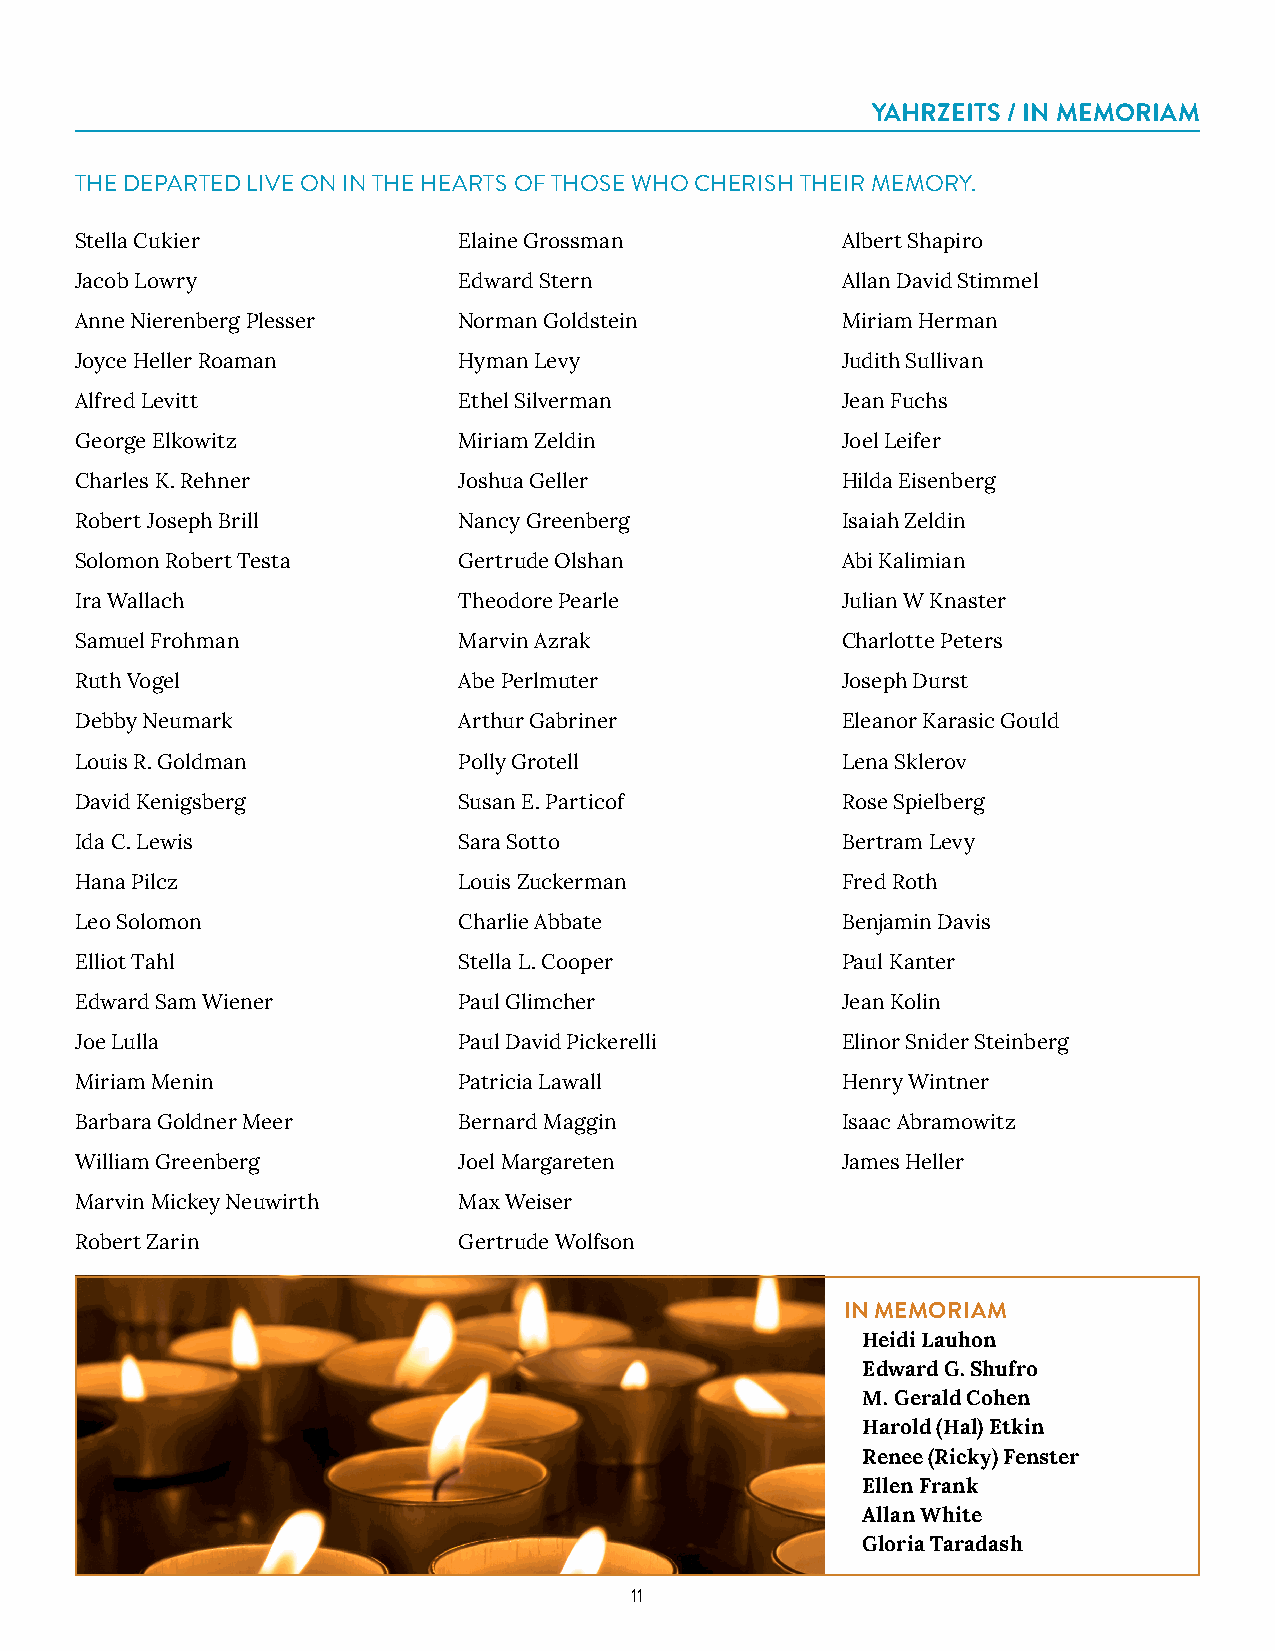
YAHRZEITS / IN MEMORIAM
 THE DEPARTED LIVE ON IN THE HEARTS OF THOSE WHO CHERISH THEIR MEMORY.
 Stella Cukier            Elaine Grossman           Albert Shapiro
 Jacob Lowry              Edward Stern              Allan David Stimmel
 Anne Nierenberg Plesser  Norman Goldstein          Miriam Herman
 Joyce Heller Roaman      Hyman Levy                Judith Sullivan
 Alfred Levitt            Ethel Silverman           Jean Fuchs
 George Elkowitz          Miriam Zeldin             Joel Leifer
 Charles K. Rehner        Joshua Geller             Hilda Eisenberg
 Robert Joseph Brill      Nancy Greenberg           Isaiah Zeldin
 Solomon Robert Testa     Gertrude Olshan           Abi Kalimian
 Ira Wallach              Theodore Pearle           Julian W Knaster
 Samuel Frohman           Marvin Azrak              Charlotte Peters
 Ruth Vogel               Abe Perlmuter             Joseph Durst
 Debby Neumark            Arthur Gabriner           Eleanor Karasic Gould
 Louis R. Goldman         Polly Grotell             Lena Sklerov
 David Kenigsberg         Susan E. Particof         Rose Spielberg
 Ida C. Lewis             Sara Sotto                Bertram Levy
 Hana Pilcz               Louis Zuckerman           Fred Roth
 Leo Solomon              Charlie Abbate            Benjamin Davis
 Elliot Tahl              Stella L. Cooper          Paul Kanter
 Edward Sam Wiener        Paul Glimcher             Jean Kolin
 Joe Lulla                Paul David Pickerelli     Elinor Snider Steinberg
 Miriam Menin             Patricia Lawall           Henry Wintner
 Barbara Goldner Meer     Bernard Maggin            Isaac Abramowitz
 William Greenberg        Joel Margareten           James Heller
 Marvin Mickey Neuwirth   Max Weiser
 Robert Zarin             Gertrude Wolfson
 IN MEMORIAM
 Heidi Lauhon
 Edward G. Shufro
 M. Gerald Cohen
 Harold (Hal) Etkin
 Renee (Ricky) Fenster
 Ellen Frank
 Allan White
 Gloria Taradash
 11